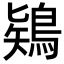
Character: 𪁬